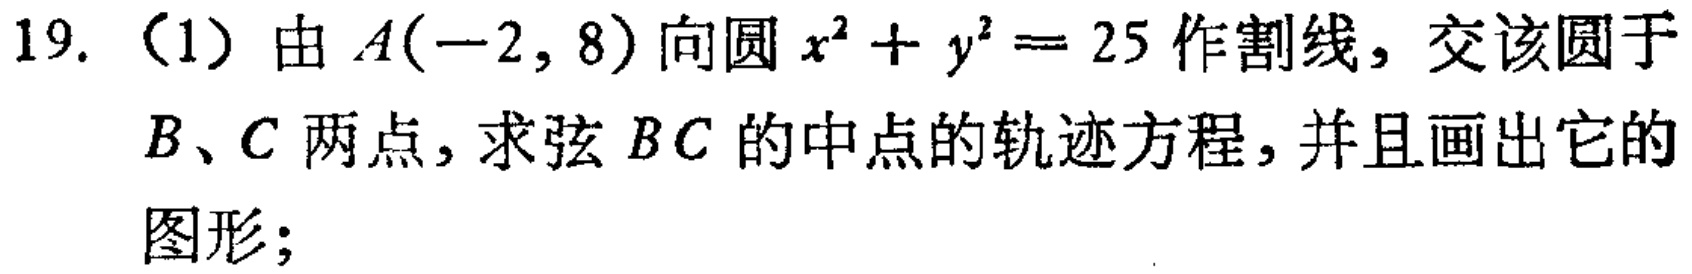
19. （1）由\(A(-2,8)\)向圆\(x^{2}+y^{2}=25\)作割线，交该圆于\(B、C\)两点，求弦\(BC\)的中点的轨迹方程，并且画出它的图形；